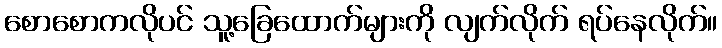
စောစောကလိုပင် သူ့ခြေထောက်များကို လျက်လိုက် ရပ်နေလိုက်။